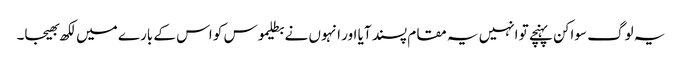
یہ لوگ سواکن پہنچے تو انہیں یہ مقام پسند آیا اور انہوں نے بطلیموس کو اس کے بارے میں لکھ بھیجا۔